Report of the King Institute of Preventive Medicine, Guindy
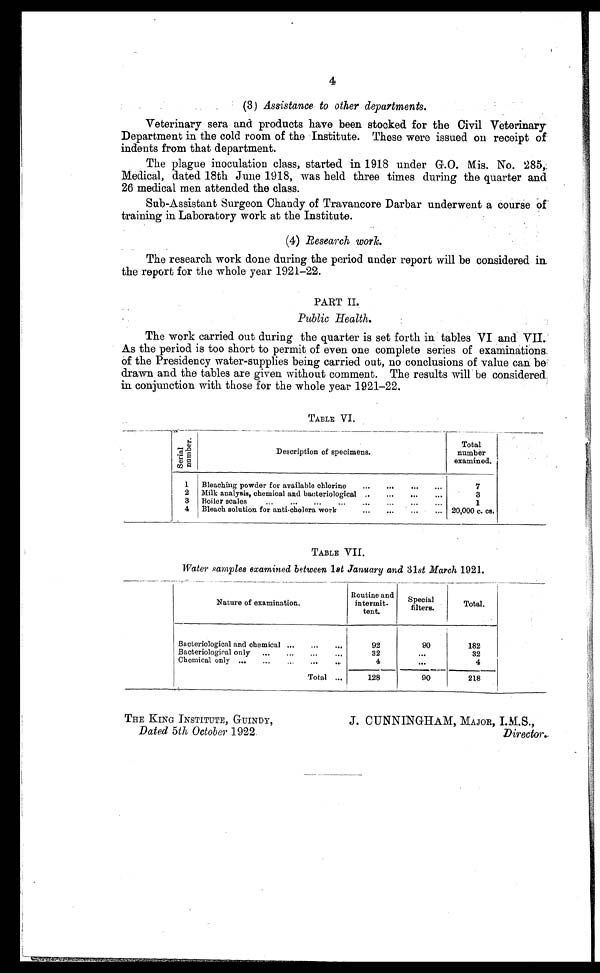
TABLE VI.
S e r i a l n u m b e r .
Description of specimens.
Total
number
examined.
1
Bleaching powder for available chlorine
...
...
...
...
7
2 Milk analysis, chemical and bacteriological ..
...
... ...
3
3 Boiler scales
...
...
...
...
...
...
...
...
1
4 Bleach solution for anti-cholera work
20,000 c. cs.
4
(3) Assistance to other departments.
Veterinary sera and products have been stocked for the Civil Veterinary
Department in the cold room of the Institute. These were issued on receipt of
indents from that department.
The plague inoculation class, started in 1918 under G.O. Mis. No. 285,
Medical, dated 18th June 1918, was held three times during the quarter and
26 medical men attended the class.
Sub-Assistant Surgeon Chandy of Travancore Darbar underwent a course of
training in Laboratory work at the Institute.
(4) Research work.
The research work done during the period under report will be considered in
the report for the whole year 1921-22.
PART II.
Public Health.
The work carried out during the quarter is set forth in tables VI and VII.
As the period is too short to permit of even one complete series of examinations
of the Presidency water-supplies being carried out, no conclusions of value can be
drawn and the tables are given without comment. The results will be considered
in conjunction with those for the whole year 1921-22.
TABLE VII.
Water samples examined between 1st January and 31st March 1921.
Nature of examination.
Routine and
intermit-
tent.
Special
filters.
Total.
Bacteriological and chemical ...
...
...
92
90
182
Bacteriological only ...
...
...
...
32
. . .
32
Chemical only ...
...
...
...
...
4
. . .
4
Total ...
128
90
218
THE KING INSTITUTE, GUINDY,
J. CUNNINGHAM, MAJOR, I.M.S.,
Dated 5th October 1922
Director.